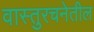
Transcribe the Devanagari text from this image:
वास्तुरचनेतील